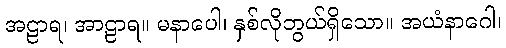
အဠာရ၊ အာဠာရ။ မနာပေါ၊ နှစ်လိုဘွယ်ရှိသော။ အယံနာဂေါ၊